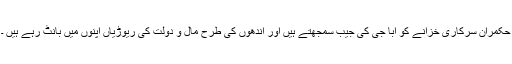
حکمران سرکاری خزانے کو ابا جی کی جیب سمجھتے ہیں اور اندھوں کی طرح مال و دولت کی ریوڑیاں اپنوں میں بانٹ رہے ہیں ۔